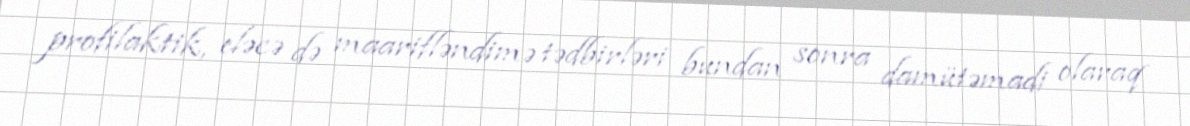
profilaktik, eləcə də maarifləndimə tədbirləri bundan sonra damütəmadi olaraq